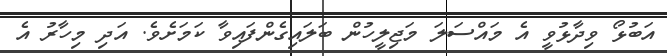
އަބުޅޯ ވިދާޅުވީ އެ މައްސަލަ މަޖިލީހުން ބަލައިގެންފައިވާ ކަމަށެވެ. އަދި މިހާރު އެ